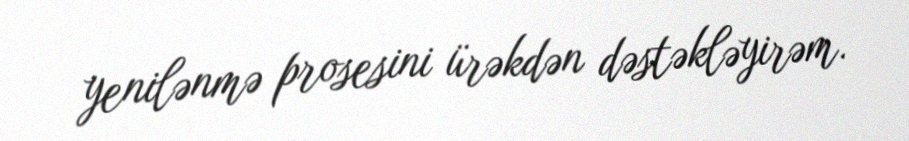
yenilənmə prosesini ürəkdən dəstəkləyirəm.